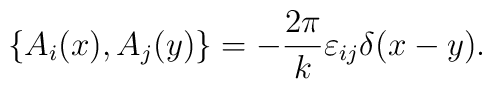
\{A_i(x),A_j(y)\}=-\frac{2\pi}{k}\varepsilon_{ij}\delta(x-y).